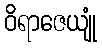
ဝိရာဇေယျုံ